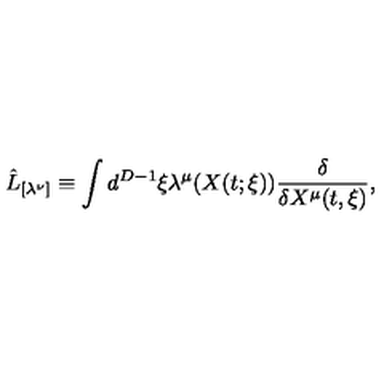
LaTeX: \hat { L } _ { [ \lambda ^ { \nu } ] } \equiv \int d ^ { D - 1 } \xi \lambda ^ { \mu } ( X ( t ; \xi ) ) \frac { \delta } { \delta X ^ { \mu } ( t , \xi ) } ,